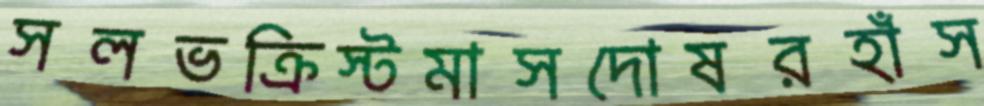
সলভক্রিস্টমাসদোষরহাঁস